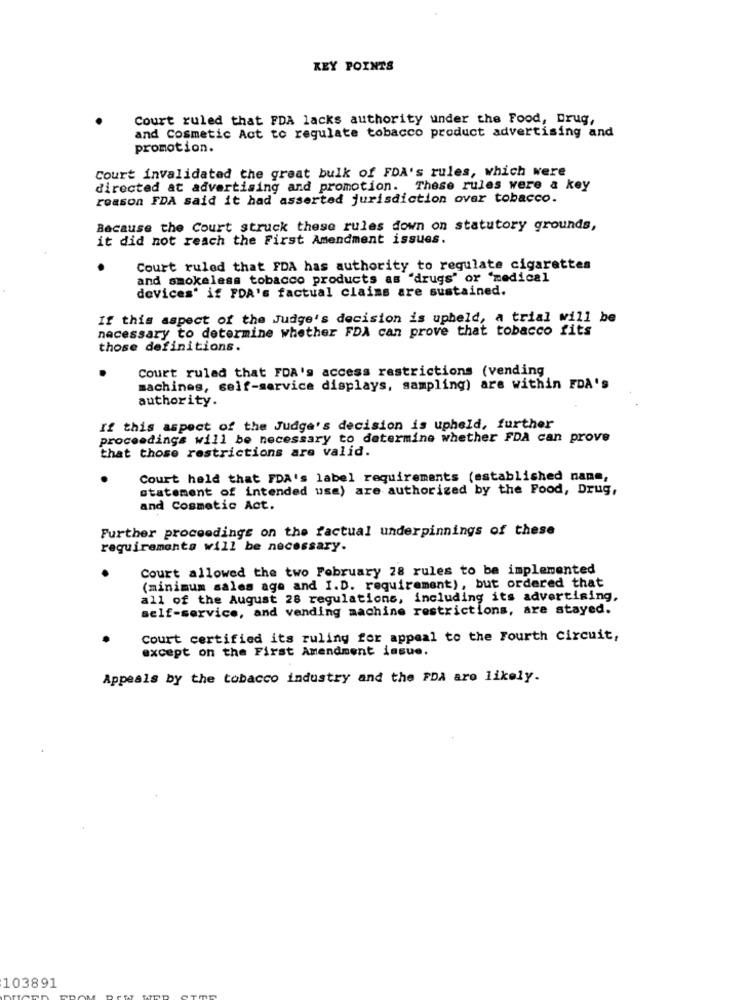
KEY POINTS
Court ruled that FDA lacks authority under the Food, Drug,
and Cosmetic Act to regulate tobacco product advertising and
promotion.
Court invalidated the great bulk of FDA's rules, which were
directed at advertising and promotion. These rules were a key
reason FDA said it had asserted jurisdiction over tobacco.
Because the Court struck these rules down on statutory grounds,
it did not reach the First Amendment issues.
Court ruled that FDA has authority to regulate cigarettes
and smokeless tobacco products as "drugs" or "medical
devices' if FDA's factual claims are sustained.
If this aspect of the Judge's decision is upheld, a trial will be
necessary to determine whether FDA can prove that tobacco fits
those definitions.
Court ruled that FDA's access restrictions (vending
machines, self-service displays, sampling) are within FDA's
authority.
If this aspect of the Judge's decision is upheld, further
proceedings will be necessary to determine whether FDA can prove
that those restrictions are valid.
Court held that FDA's label requirements (established nane,
statement of intended use) are authorized by the Food, Drug,
and Cosmetic Act.
Further proceedings on the factual underpinnings of these
requirements will be necessary.
Court allowed the two February 28 rules to be implemented
(minimum sales age and I.D. requirement), but ordered that
all of the August 28 regulations, including its advertising,
self-service, and vending machine restrictions, are stayed.
Court certified its ruling for appeal to the Fourth Circuit,
except on the First Amendment issue.
Appeals DY the tobacco industry and the FDA are likely.
103891